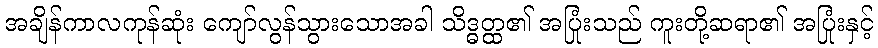
အချိန်ကာလကုန်ဆုံး ကျော်လွန်သွားသောအခါ သိဒ္ဓတ္ထ၏ အပြုံးသည် ကူးတို့ဆရာ၏ အပြုံးနှင့်